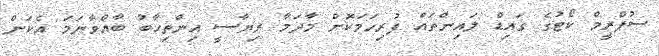
ސުޕްރީމް ކޯޓުގެ ގައިޑް ލައިންތައް ފުރިހަމަކޮށް މާދަމާ ރިޔާސީ އިންތިހާބު ބާއްވާނަމަ އެކަން